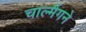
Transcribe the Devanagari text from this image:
चार्ल्मैगने